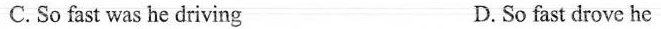
C. So fast was he driving D. So fast drove he